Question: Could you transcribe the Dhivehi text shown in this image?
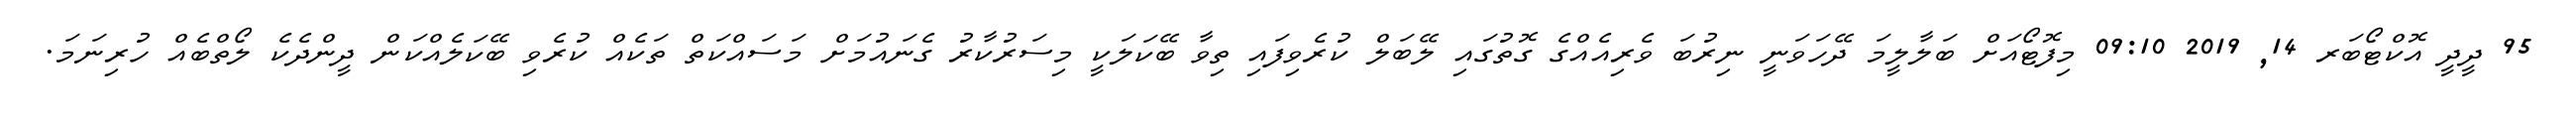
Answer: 95 ދީދީ އޮކްޓޯބަރ 14, 2019 09:10 މިފޮޓޯއަށް ބަލާލީމަ ދޭހަވަނީ ނިރުބަ ވެރިއެއްގެ ގޮތުގައި ލޭބަލް ކުރެވިފައި ތިވާ ބޭކަލަކީ މިސަރުކާރު ގެނައުމަށް މަސައްކަތް ތަކެއް ކުރެވި ބޭކަލެއްކަން ދީންދެކެ ލޯތްބެއް ހުރިނަމަ.